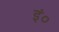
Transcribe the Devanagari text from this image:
इं०